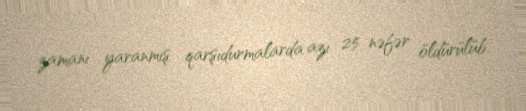
zamanı yaranmış qarşıdurmalarda azı 25 nəfər öldürülüb.